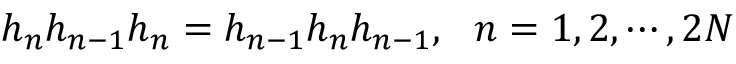
h _ { n } h _ { n - 1 } h _ { n } = h _ { n - 1 } h _ { n } h _ { n - 1 } , ~ ~ n = 1 , 2 , \cdots , 2 N